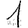
Digit: 1